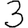
Digit: 3